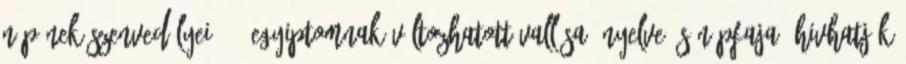
népének szenvedélyei?»14 Egyiptomnak változhatott vallása, nyelve és népfaja; hivhatják